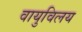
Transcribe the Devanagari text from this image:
वायुविलय